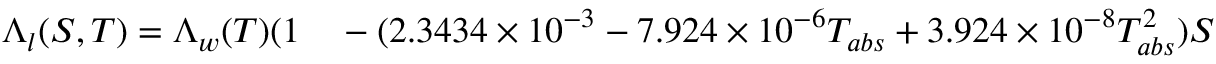
\begin{array} { r l } { \Lambda _ { l } ( S , T ) = \Lambda _ { w } ( T ) ( 1 } & { { } - ( 2 . 3 4 3 4 \times 1 0 ^ { - 3 } - 7 . 9 2 4 \times 1 0 ^ { - 6 } T _ { a b s } + 3 . 9 2 4 \times 1 0 ^ { - 8 } T _ { a b s } ^ { 2 } ) S } \end{array}